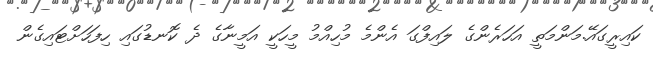
ކައިރީގައޭ.މަންމަތީ އަހަރެންގެ ލައިފްގަ އެންމެ މުހިއްމު މީހަކީ އަމީނާގެ ދެ ކޮނޑުގައި ހިފަހަށްޓައިގެން